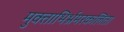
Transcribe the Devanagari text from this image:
मुक्ताभिर्भ्रमरकलिता